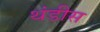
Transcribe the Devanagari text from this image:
थंडीस